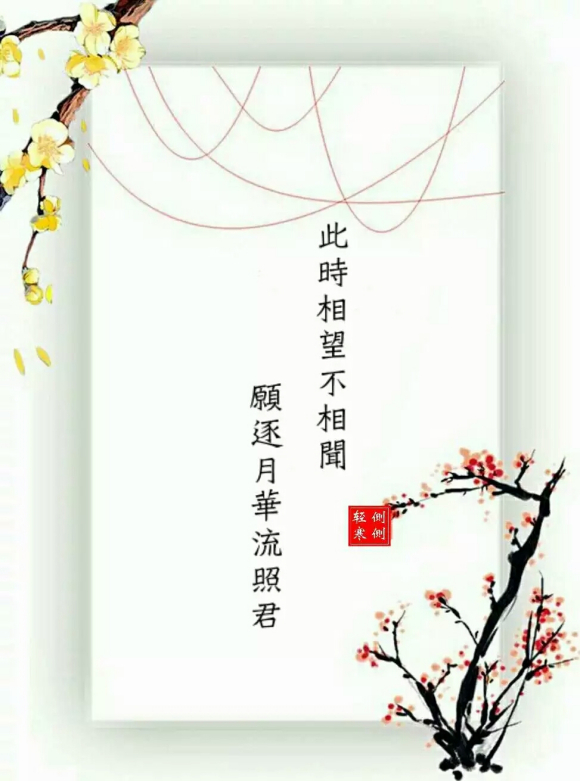
此时相望不相闻，愿逐月华流照君。